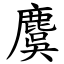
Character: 麌